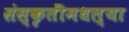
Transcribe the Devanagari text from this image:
संस्कृतींमधल्या